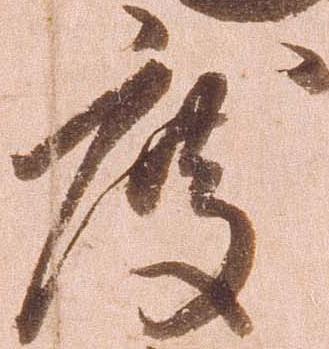
度